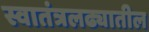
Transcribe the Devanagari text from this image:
स्वातंत्रलढ्यातील